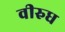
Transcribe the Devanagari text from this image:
वीरुध